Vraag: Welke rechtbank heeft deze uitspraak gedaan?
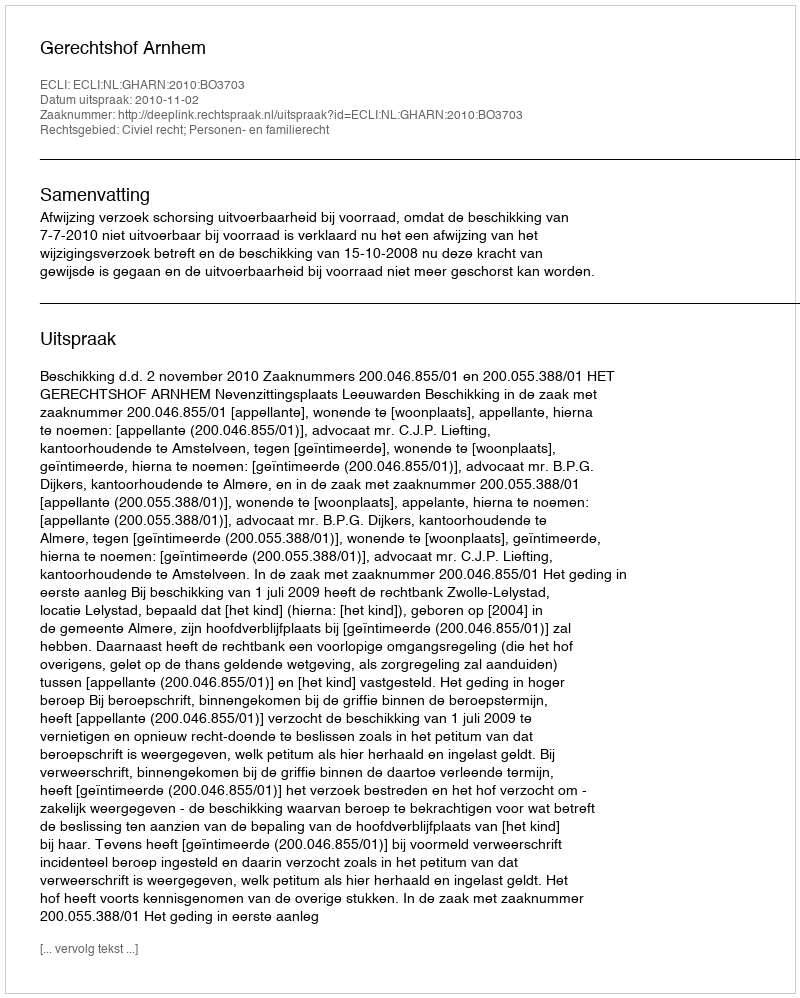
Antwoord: Gerechtshof Arnhem